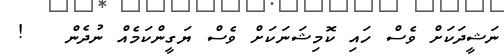
ނަޝީދަކަށް ވެސް ހައި ކޮމިޝަނަކަށް ވެސް ޔަގީންކަމެއް ނުދެން   !